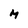
Character: M